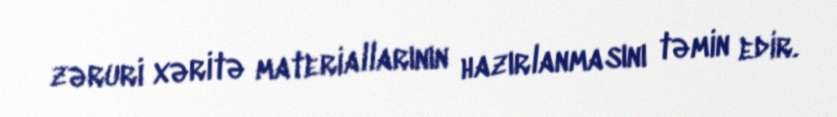
zəruri xəritə materiallarının hazırlanmasını təmin edir.